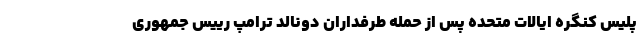
پلیس کنگره ایالات متحده پس از حمله طرفداران دونالد ترامپ رییس جمهوری